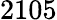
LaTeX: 2105